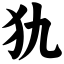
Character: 犰